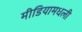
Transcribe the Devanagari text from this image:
मीडियामधली